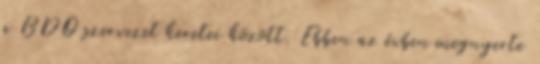
a BDO szervezet keretei között. Ebben az évben megnyerte